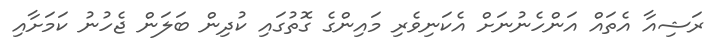
ރަޝިއާ އެތައް އަންހެނުނަށް އެކަނިވެރި މައިންގެ ގޮތުގައި ކުދިން ބަލަން ޖެހުނު ކަމަށާއި